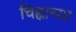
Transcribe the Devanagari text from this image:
चिह्नाच्या